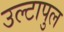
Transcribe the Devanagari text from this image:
उल्‍टापुल